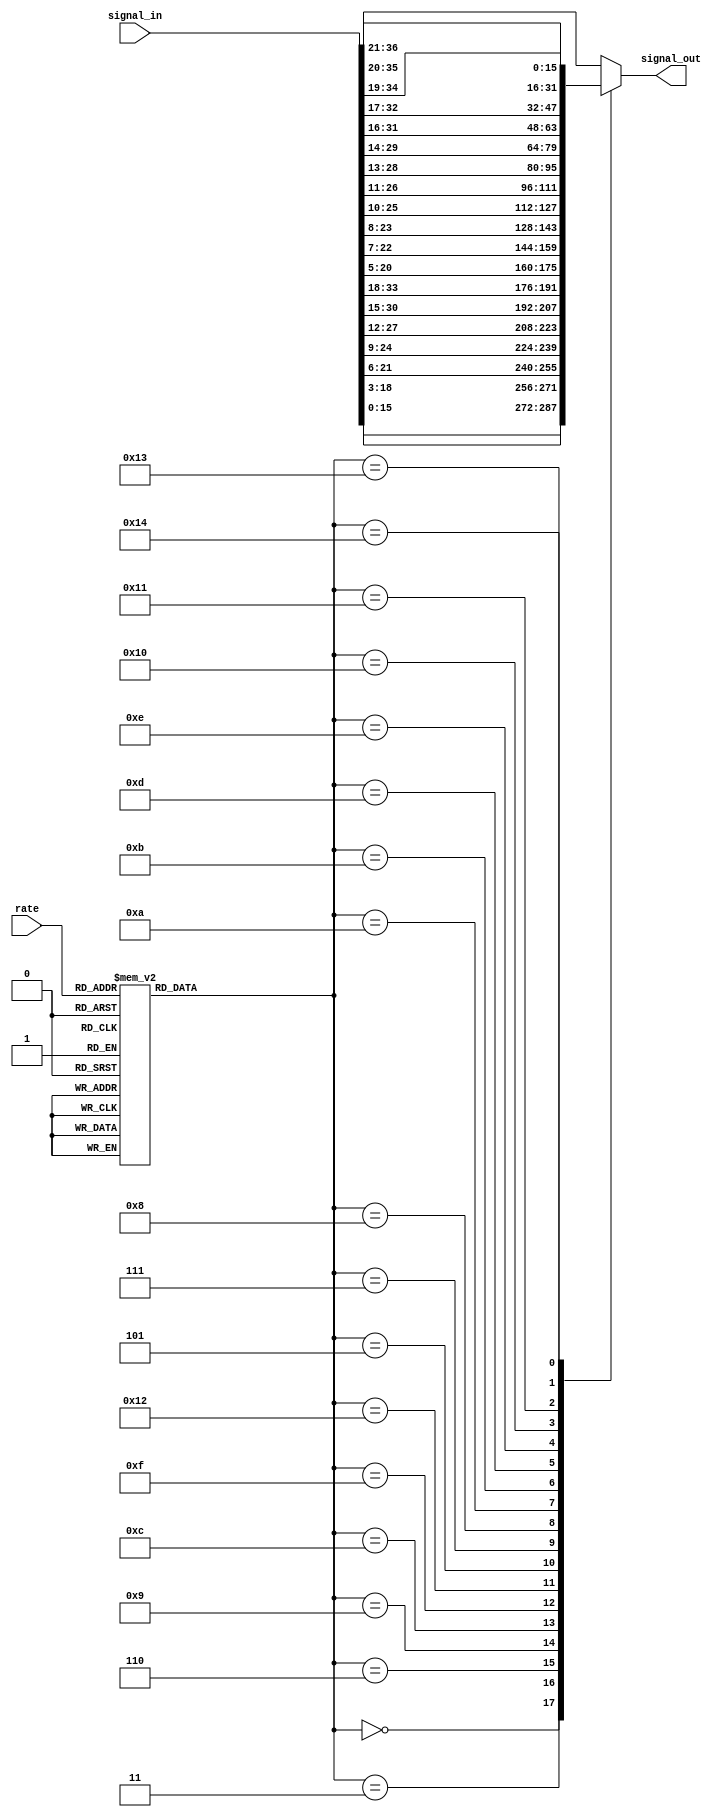
// -*- verilog -*-
//
//  USRP - Universal Software Radio Peripheral
//
//  Copyright (C) 2003 Matt Ettus
//

//


// NOTE   This only works for N=4, max interp rate of 128
// NOTE   signal "rate" is EQUAL TO the actual rate (no more -1 BS)

module cic_int_shifter(rate,signal_in,signal_out);
   parameter bw = 16;
   parameter maxbitgain = 21;
   
   input [7:0] rate;
   input       wire [bw+maxbitgain-1:0] signal_in;
   output      reg [bw-1:0] signal_out;

   function [4:0] bitgain;
      input [7:0] rate;
      case(rate)
	// Exact Cases
	8'd1 : bitgain = 0;
	8'd2 : bitgain = 3;
	8'd4 : bitgain = 6;
	8'd8 : bitgain = 9;
	8'd16 : bitgain = 12;
	8'd32 : bitgain = 15;
	8'd64 : bitgain = 18;
	8'd128 : bitgain = 21;
	
	// Nearest without overflow	
	8'd3 : bitgain = 5;
	8'd5 : bitgain = 7;
	8'd6 : bitgain = 8;
	8'd7 : bitgain = 9;
	8'd9,8'd10 : bitgain = 10;
	8'd11,8'd12 : bitgain = 11;
	8'd13,8'd14,8'd15 : bitgain = 12;
	8'd17,8'd18,8'd19,8'd20 : bitgain = 13;
	8'd21,8'd22,8'd23,8'd24,8'd25 : bitgain = 14;
	8'd26,8'd27,8'd28,8'd29,8'd30,8'd31 : bitgain = 15;
	8'd33,8'd34,8'd35,8'd36,8'd37,8'd38,8'd39,8'd40 : bitgain = 16;
	8'd41,8'd42,8'd43,8'd44,8'd45,8'd46,8'd47,8'd48,8'd49,8'd50 : bitgain = 17;
	8'd51,8'd52,8'd53,8'd54,8'd55,8'd56,8'd57,8'd58,8'd59,8'd60,8'd61,8'd62,8'd63 : bitgain = 18;
	8'd65,8'd66,8'd67,8'd68,8'd69,8'd70,8'd71,8'd72,8'd73,8'd74,8'd75,8'd76,8'd77,8'd78,8'd79,8'd80 : bitgain = 19;
	8'd81,8'd82,8'd83,8'd84,8'd85,8'd86,8'd87,8'd88,8'd89,8'd90,8'd91,8'd92,8'd93,8'd94,8'd95,8'd96,8'd97,8'd98,8'd99,8'd100,8'd101 : bitgain = 20;
	
	default : bitgain = 21;
      endcase // case(rate)
   endfunction // bitgain
   
   wire [4:0] 	  shift = bitgain(rate);
   
   // We should be able to do this, but can't ....
   // assign 	  signal_out = signal_in[shift+bw-1:shift];
   
   always @*
     case(shift)
       5'd0  : signal_out = signal_in[0+bw-1:0];
       5'd3  : signal_out = signal_in[3+bw-1:3];
       5'd6  : signal_out = signal_in[6+bw-1:6];
       5'd9  : signal_out = signal_in[9+bw-1:9];
       5'd12 : signal_out = signal_in[12+bw-1:12];
       5'd15 : signal_out = signal_in[15+bw-1:15];
       5'd18 : signal_out = signal_in[18+bw-1:18];
       5'd21 : signal_out = signal_in[21+bw-1:21];
       
       5'd5  : signal_out = signal_in[5+bw-1:5];
       5'd7  : signal_out = signal_in[7+bw-1:7];
       5'd8  : signal_out = signal_in[8+bw-1:8];
       5'd10 : signal_out = signal_in[10+bw-1:10];
       5'd11 : signal_out = signal_in[11+bw-1:11];
       5'd13 : signal_out = signal_in[13+bw-1:13];
       5'd14 : signal_out = signal_in[14+bw-1:14];
       5'd16 : signal_out = signal_in[16+bw-1:16];
       5'd17 : signal_out = signal_in[17+bw-1:17];
       5'd19 : signal_out = signal_in[19+bw-1:19];
       5'd20 : signal_out = signal_in[20+bw-1:20];
       
       default : signal_out = signal_in[21+bw-1:21];
     endcase // case(shift)

endmodule // cic_int_shifter